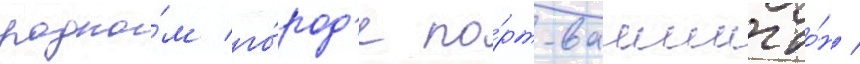
родно́м го́род'е по́рт-вашингто́н /